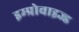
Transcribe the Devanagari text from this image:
इम्प्रोवाइज्ड